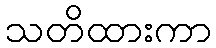
သတိထားကာ